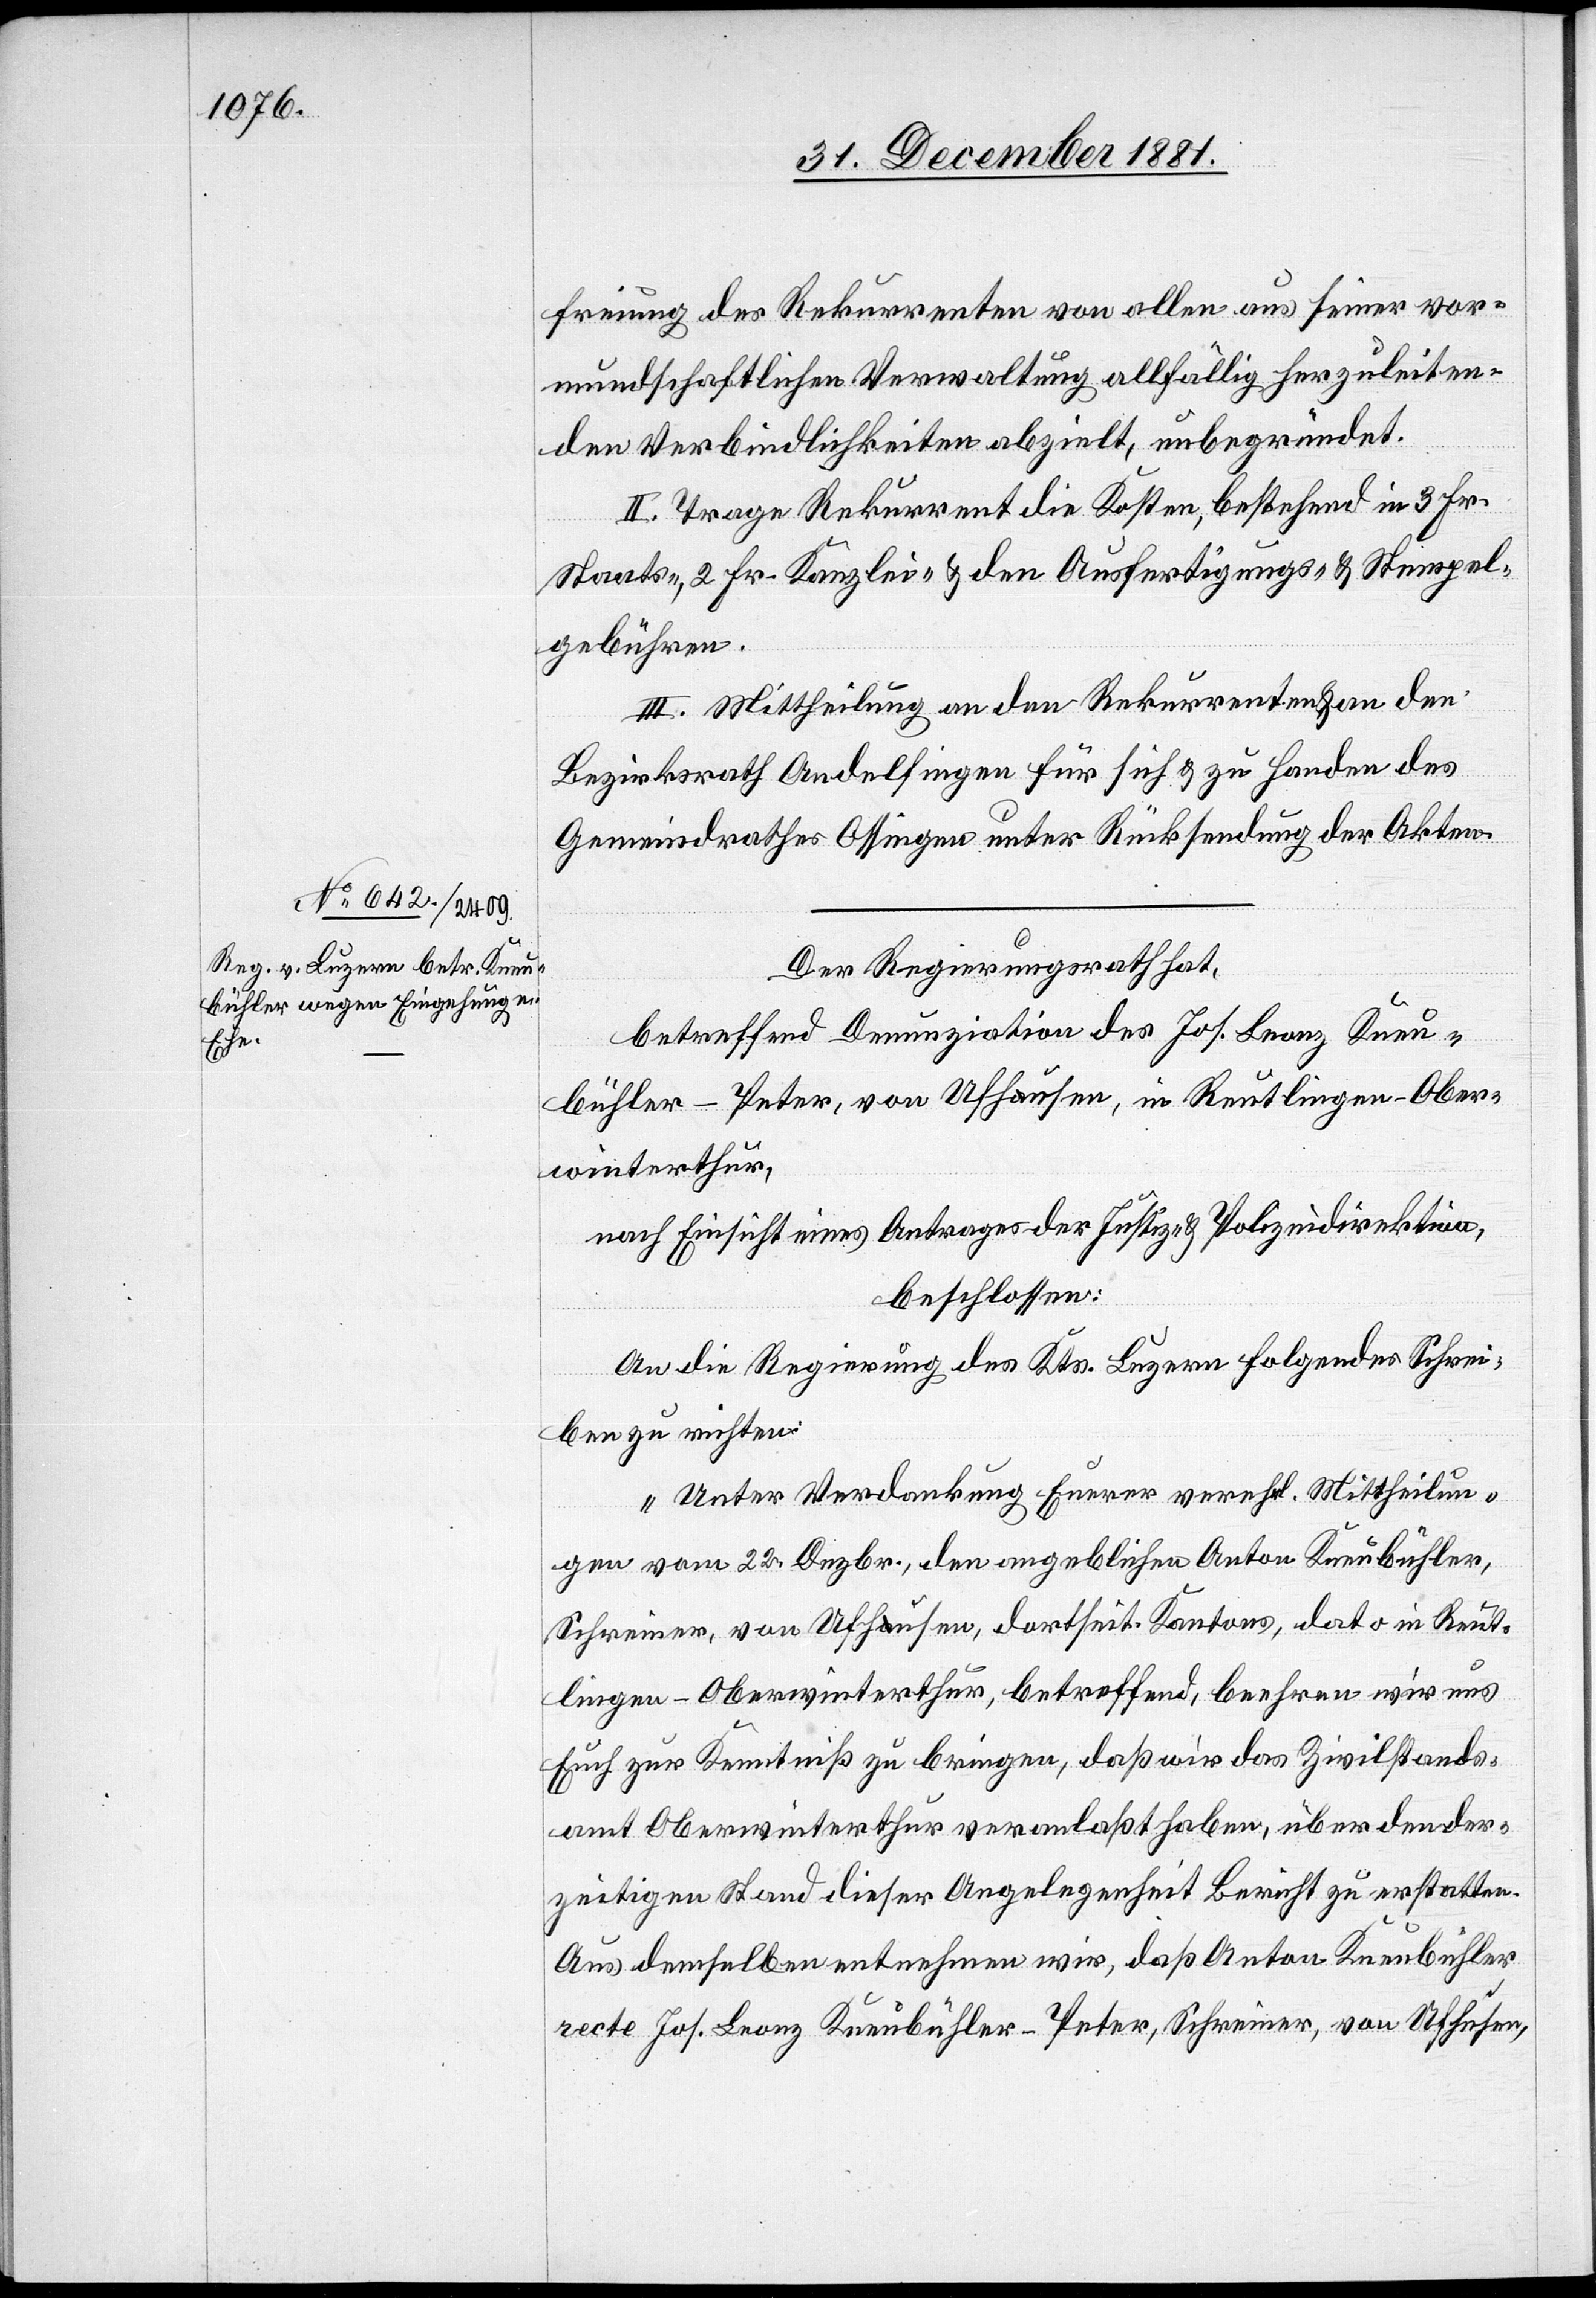
freiung des Rekurrenten von allen aus seiner vor¬
mundschaftlichen Verwaltung allfällig herzuleiten¬
den Verbindlichkeiten abzielt, unbegründet.
II. Trage Rekurrent die Kosten, bestehend in 3 Fr.
Staats-, 2 Fr. Kanzlei- & den Ausfertigungs- & Stempel¬
gebühren.
III. Mittheilung an den Rekurrenten & an den
Bezirksrath Andelfingen für sich & zu Handen des
Gemeindrathes Ossingen unter Rücksendung der Akten.
Der Regierungsrath hat,
betreffend Denunziation des Jos. Leonz Kneu¬
bühler-Peter, von Ufha-a-ausen, in Reutlingen - Ober¬
winterthur,
nach Einsicht eines Antrages der Justiz- & Polizeidirektion,
beschlossen:
An die Regierung des Kts. Luzern folgendes Schrei¬
ben zu richten:
„Unter Verdankung Euerer verehrl. Mittheilun¬
gen vom 22. Dezbr., den angeblichen Anton Kneubühler,
Schreiner, von Ufha-a-ausen, dortseit. Kantons, dato in Reut¬
lingen - Oberwinterthur, betreffend, beehren wir uns
Euch zur Kenntniß zu bringen, daß wir das Zivilstands¬
amt Oberwinterthur veranlaßt haben, über den der¬
zeitigen Stand dieser Angelegenheit Bericht zu erstatten.
Aus demselben entnehmen wir, daß Anton Kneubühler
rect. Jos. Leonz Kneubühler-Peter, Schreiner, von Ufhusen,